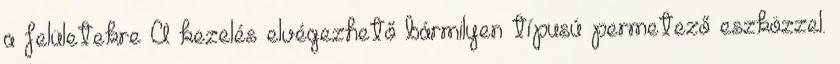
a felületekre A kezelés elvégezhető bármilyen típusú permetező eszközzel.